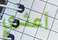
أعثري